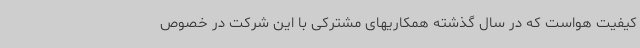
کیفیت هواست که در سال گذشته همکاریهای مشترکی با این شرکت در خصوص